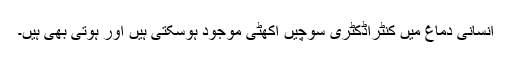
انسانی دماغ میں کنٹراڈکٹری سوچیں اکھٹی موجود ہوسکتی ہیں اور ہوتی بھی ہیں۔